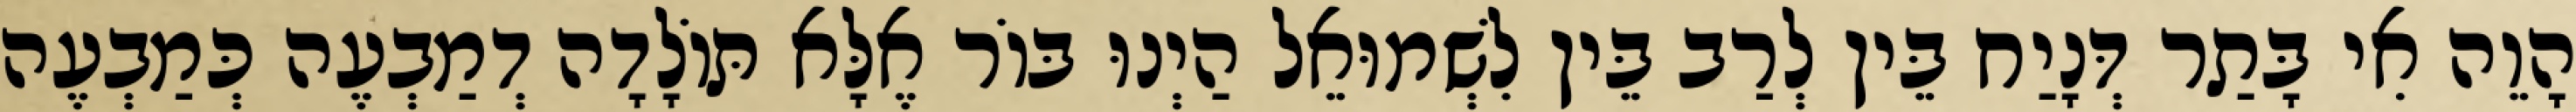
הָוֵה אִי בָּתַר דְּנָיַח בֵּין לְרַב בֵּין לִשְׁמוּאֵל הַיְנוּ בּוֹר אֶלָּא תּוֹלָדָה דְמַבְעֶה כְּמַבְעֶה